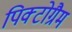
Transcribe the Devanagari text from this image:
पिक्टोग्रैम